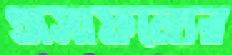
অসাফল্যের